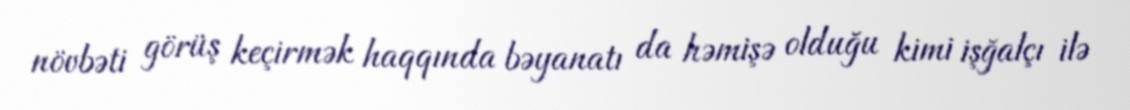
növbəti görüş keçirmək haqqında bəyanatı da həmişə olduğu kimi işğalçı ilə